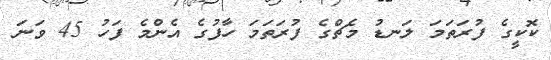
ކޮކީގެ ފުރަތަމަ ލަނޑު މެޗްގެ ފުރަތަމަ ހާފުގެ އެންމެ ފަހު 45 ވަނަ